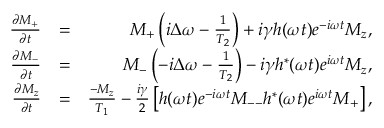
\begin{array} { r l r } { \frac { \partial M _ { + } } { \partial t } } & { = } & { M _ { + } \left( i \Delta \omega - \frac { 1 } { T _ { 2 } } \right) + i \gamma h ( \omega t ) e ^ { - i \omega t } M _ { z } , } \\ { \frac { \partial M _ { - } } { \partial t } } & { = } & { M _ { - } \left( - i \Delta \omega - \frac { 1 } { T _ { 2 } } \right) - i \gamma h ^ { * } ( \omega t ) e ^ { i \omega t } M _ { z } , } \\ { \frac { \partial M _ { z } } { \partial t } } & { = } & { \frac { - M _ { z } } { T _ { 1 } } - \frac { i \gamma } { 2 } \left[ h ( \omega t ) e ^ { - i \omega t } M _ { -- } h ^ { * } ( \omega t ) e ^ { i \omega t } M _ { + } \right] , } \end{array}